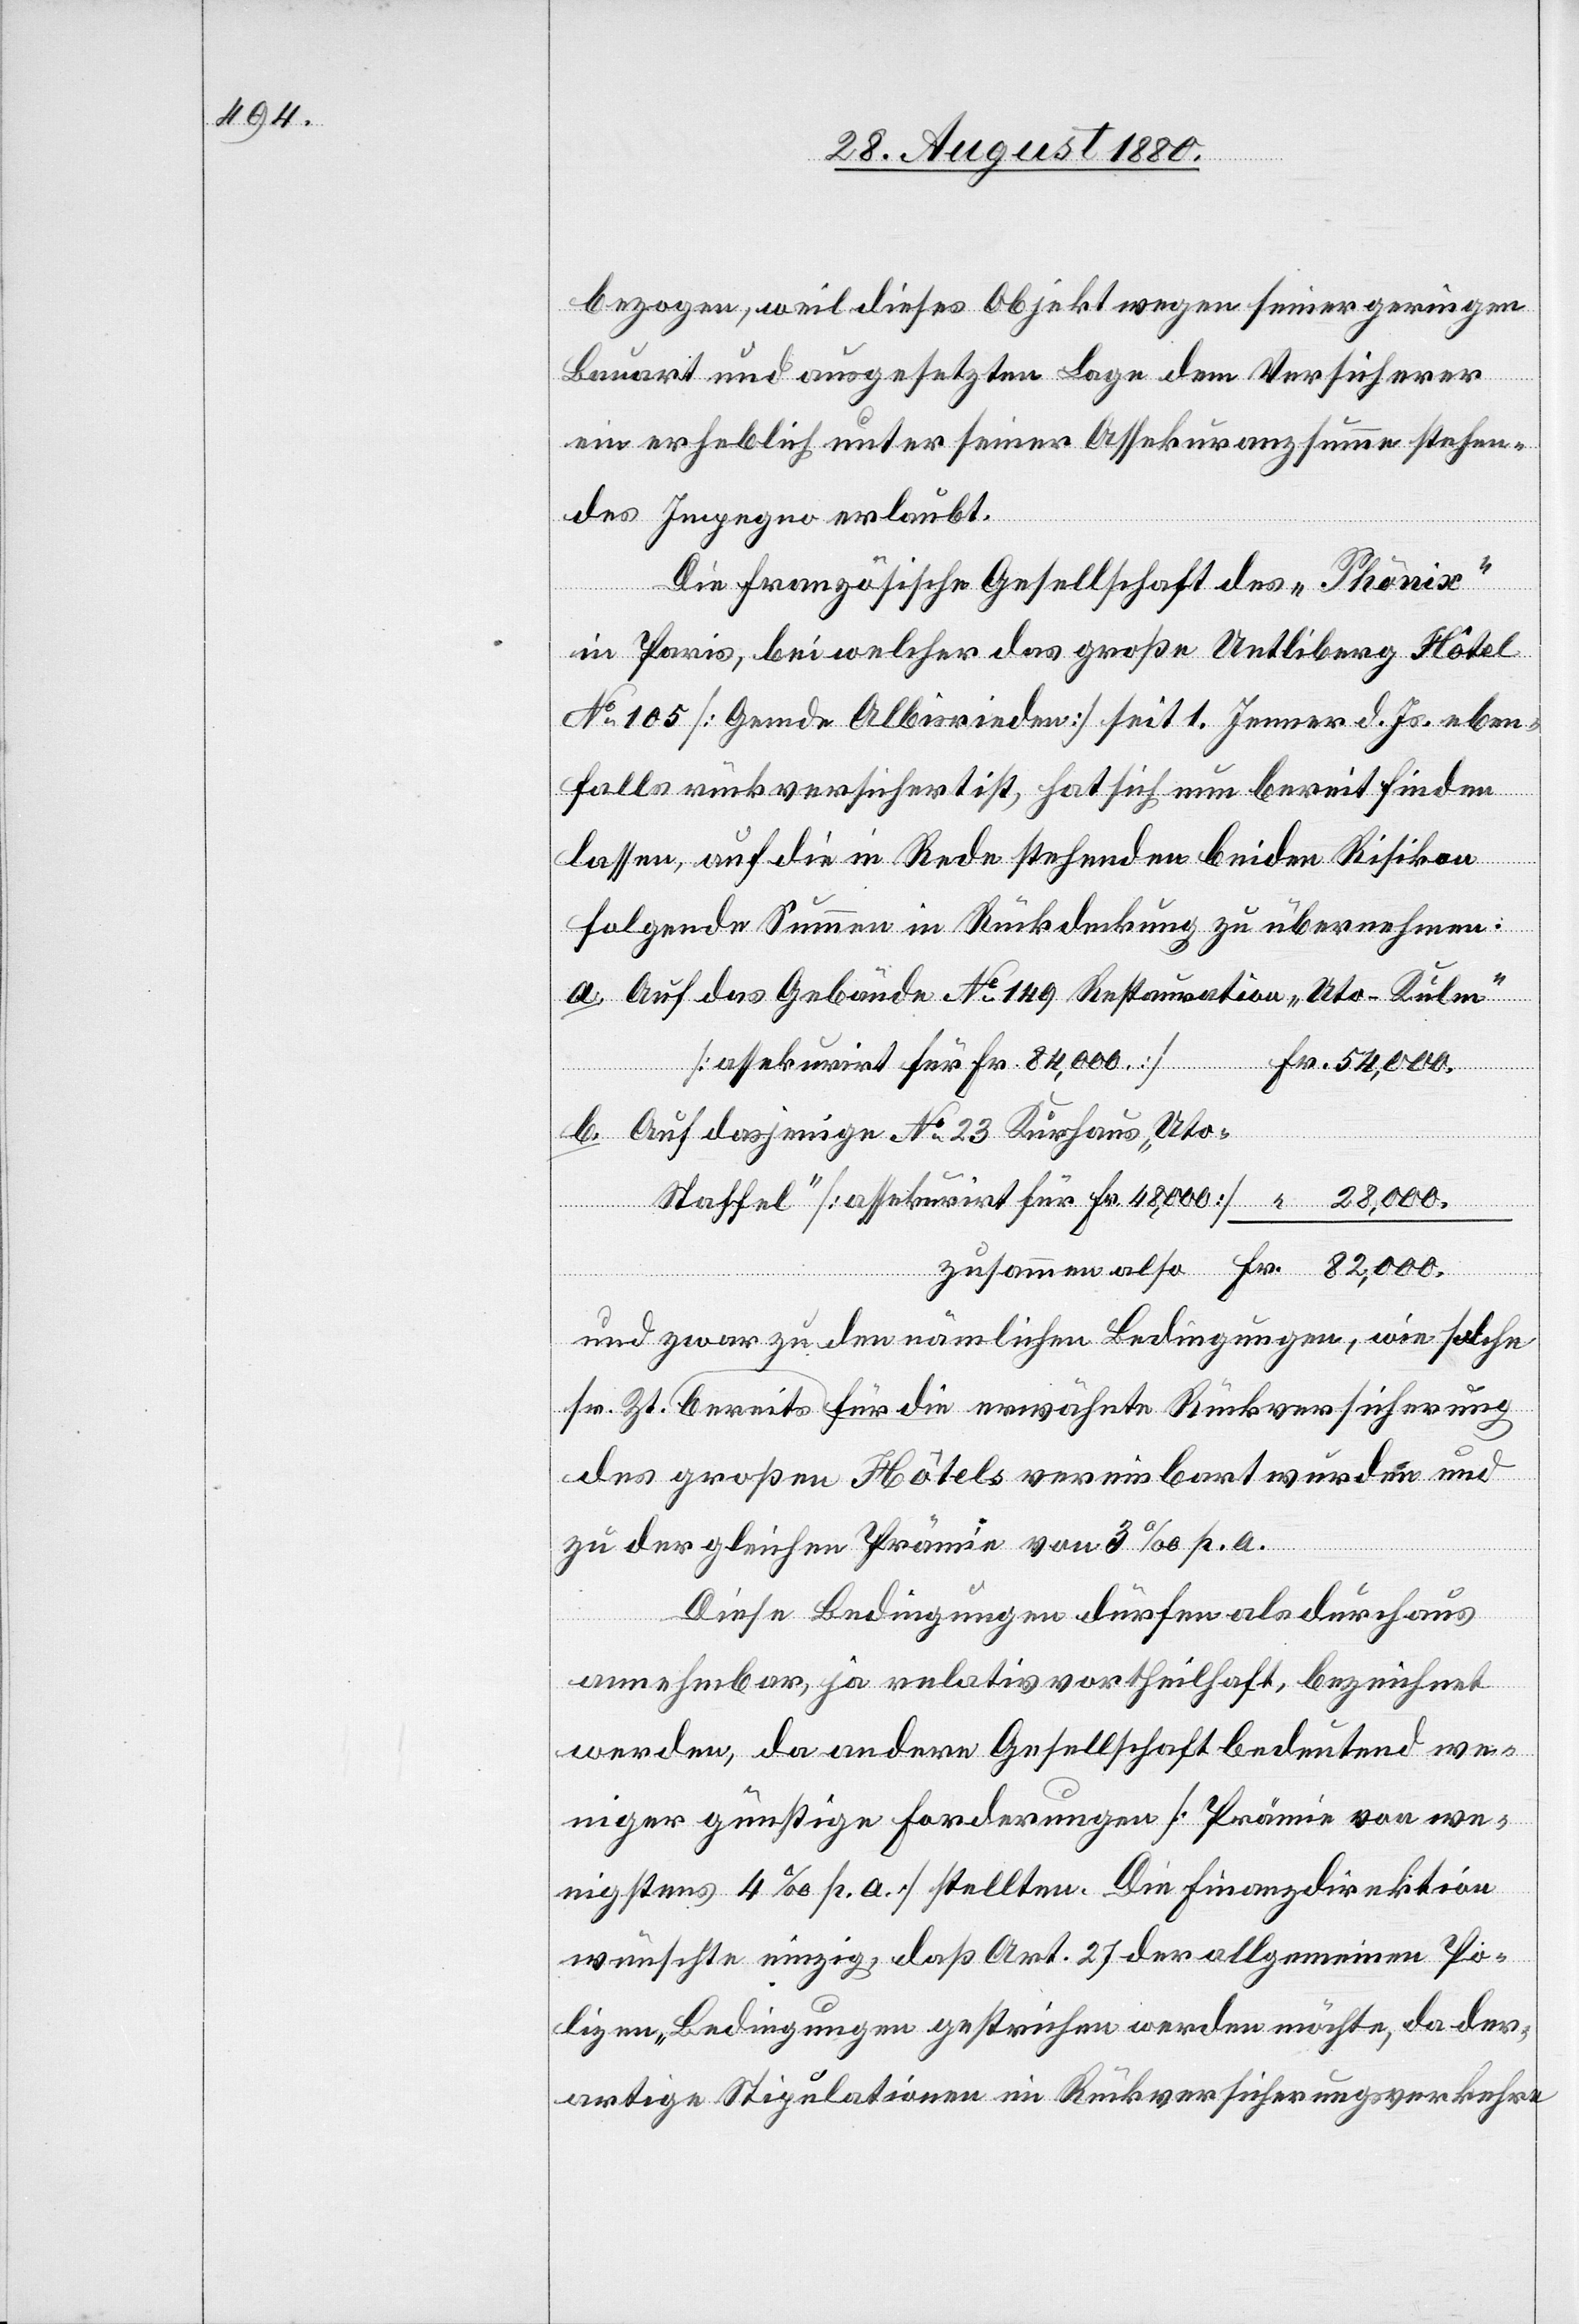
bezogen, weil dieses Objekt wegen seiner geringen
Bauart und ausgesetzten Lage dem Versicherer
ein erheblich unter seiner Assekuranzsumme stehen¬
des Impegno erlaubt.
Die französische Gesellschaft des „Phönix“
in Paris, bei welcher das große Uetliberg Hotel
No 105 [Gemde Albisrieden] seit 1. Jenner d. Js. eben¬
falls rückversichert ist, hat sich nun bereit finden
lassen, auf die in Redestehenden beiden Risiken
folgende Summen in Rückdeckung zu übernehmen.
a. Auf das Gebäude No 149 Restauration „Uto-Kulm“
[assekurirt für Fr. 48,000]
Fr. 82,000.
bereits
b. Auf dasjenige No 23 Kurhaus „Uto-
und zwar zu den nämlichen Bedingungen, wie solche
des großen Hotels vereinbart wurden und
zu der gleichen Praxis von 3 ‰p. a.
Diese Bedingungen dürfen als durchaus
annehmbar, ja relativ vortheilhaft, bezeichnet
werden, da andere Gesellschaft [sic!] bedeutend we¬
niger günstige Forderungen [Prämie von we¬
nigstens 4 ‰p. a. stellten]. Die Finanzdirektion
wünschte einzig, daß Art. 27 der allgemeinen Po¬
lizen-Bedingungen gestrichen werden möchte, da der¬
artige Stipulationen im Rückversicherungsverkehre